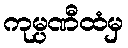
ကုမ္ပဏီထံမှ